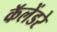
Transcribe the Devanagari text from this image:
कॅलेंडरे